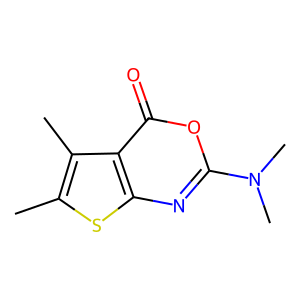
SMILES: Cc1sc2nc(N(C)C)oc(=O)c2c1C
Inhibits HIV replication: No